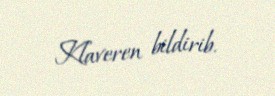
Klaveren bildirib.